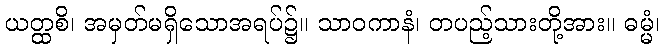
ယတ္ထစိ၊ အမှတ်မရှိသောအရပ်၌။ သာဝကာနံ၊ တပည့်သားတို့အား။ ဓမ္မံ၊